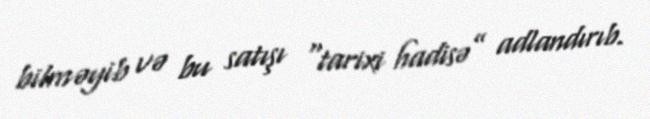
bilməyib və bu satışı “tarixi hadisə” adlandırıb.